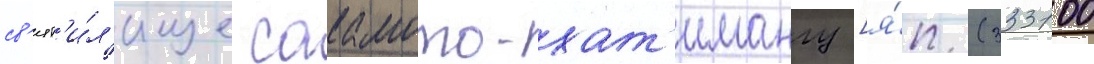
св'ят'и́л'ище сакамото-хат'имангу [я́п. (333100